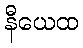
နီယေထ